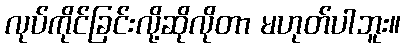
လုပ်ကိုင်ခြင်းလို့ဆိုလိုတာ မဟုတ်ပါဘူး။